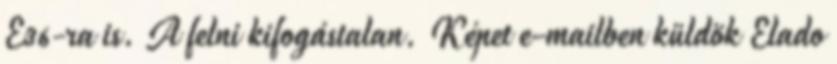
E36-ra is. A felni kifogástalan. Képet e-mailben küldök Elado